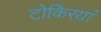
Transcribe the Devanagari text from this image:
टोकिरयां